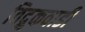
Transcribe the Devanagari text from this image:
विद्रुकवाडी